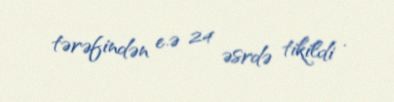
tərəfindən e.ə 24 əsrdə tikildi .